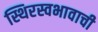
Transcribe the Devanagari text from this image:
स्थिरस्वभावाची